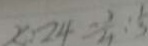
x : 2 4 = \frac { 1 } { 4 } : \frac { 1 } { 3 }